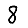
Digit: 8